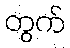
တွက်